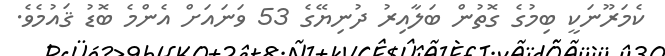
ކެމަރޫނަކީ ބިމުގެ ގޮތުން ބަލާއިރު ދުނިޔޭގެ 53 ވަނައަށް އެންމެ ބޮޑު ޤައުމެވެ.